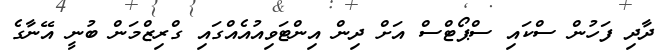
ދާދި ފަހުން ސްކައި ސްޕޯޓްސް އަށް ދިން އިންޓަވިއުއެއްގައި ގްރިޒްމަން ބުނީ އޭނާގެ